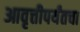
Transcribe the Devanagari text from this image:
आवृत्तीपर्यंतचा